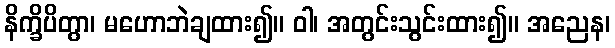
နိက္ခိပိတွာ၊ မဟောဘဲချထား၍။ ဝါ၊ အတွင်းသွင်းထား၍။ အညေန၊